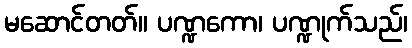
မဆောင်တတ်။ ပဏ္ဍကော၊ ပဏ္ဍုက်သည်၊